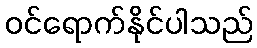
ဝင်ရောက်နိုင်ပါသည်